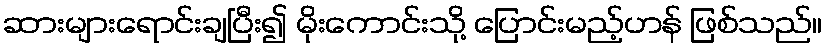
ဆားများရောင်းချပြီး၍ မိုးကောင်းသို့ ပြောင်းမည့်ဟန် ဖြစ်သည်။